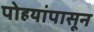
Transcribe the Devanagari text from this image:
पोहयांपासून